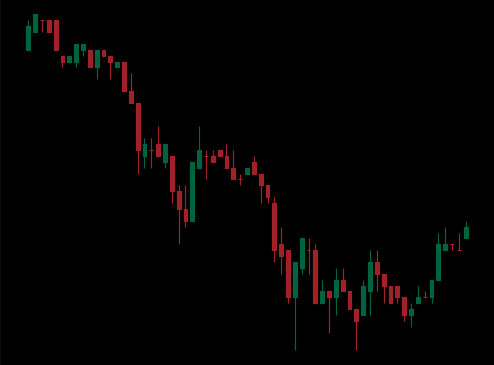
Pattern: bull_flag